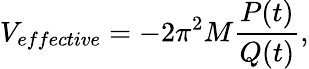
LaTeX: V_{effective}=-2\pi^{2}M\frac{P(t)}{Q(t)},